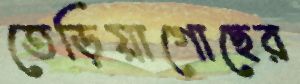
তেড়িয়াগোছের